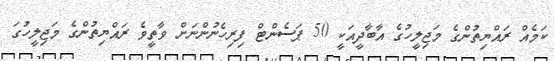
ކަމެއް ރައްޔިިތުންގެ މަޖިލީހުގެ އާބާދީއަކީ 50 ޕަސެންޓް ފިރިހެނުންނަށް ވާތީވެ ރައްޔިތުންގެ މަޖިލީހުގަ